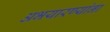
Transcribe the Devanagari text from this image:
अभयारण्यांना